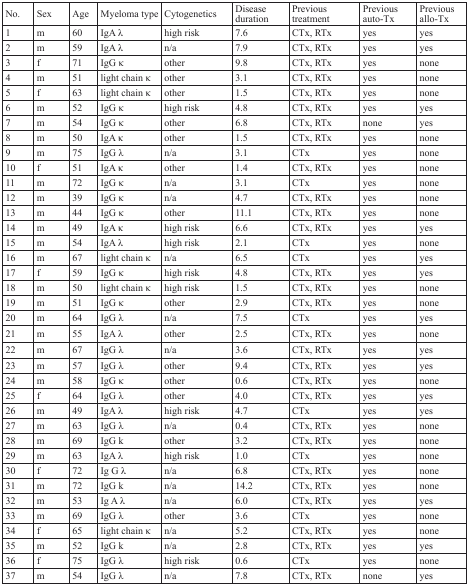
<table><thead><tr><td><b>No.</b></td><td><b>Sex</b></td><td><b>Age</b></td><td><b>Myeloma type</b></td><td><b>Cytogenetics</b></td><td><b>Disease duration</b></td><td><b>Previous treatment</b></td><td><b>Previous auto-Tx</b></td><td><b>Previous allo-Tx</b></td></tr></thead><tbody><tr><td>1</td><td>m</td><td>60</td><td>IgA λ</td><td>high risk</td><td>7.6</td><td>CTx, RTx</td><td>yes</td><td>yes</td></tr><tr><td>2</td><td>m</td><td>59</td><td>IgA λ</td><td>n/a</td><td>7.9</td><td>CTx, RTx</td><td>yes</td><td>yes</td></tr><tr><td>3</td><td>f</td><td>71</td><td>IgG κ</td><td>other</td><td>9.8</td><td>CTx, RTx</td><td>yes</td><td>none</td></tr><tr><td>4</td><td>m</td><td>51</td><td>light chain κ</td><td>other</td><td>3.1</td><td>CTx, RTx</td><td>yes</td><td>none</td></tr><tr><td>5</td><td>f</td><td>63</td><td>light chain κ</td><td>other</td><td>1.5</td><td>CTx, RTx</td><td>yes</td><td>none</td></tr><tr><td>6</td><td>m</td><td>52</td><td>IgG κ</td><td>high risk</td><td>4.8</td><td>CTx, RTx</td><td>yes</td><td>yes</td></tr><tr><td>7</td><td>m</td><td>54</td><td>IgG κ</td><td>other</td><td>6.8</td><td>CTx, RTx</td><td>none</td><td>yes</td></tr><tr><td>8</td><td>m</td><td>50</td><td>IgA κ</td><td>other</td><td>1.5</td><td>CTx, RTx</td><td>yes</td><td>none</td></tr><tr><td>9</td><td>m</td><td>75</td><td>IgG λ</td><td>n/a</td><td>3.1</td><td>CTx</td><td>yes</td><td>none</td></tr><tr><td>10</td><td>f</td><td>51</td><td>IgA κ</td><td>other</td><td>1.4</td><td>CTx, RTx</td><td>yes</td><td>none</td></tr><tr><td>11</td><td>m</td><td>72</td><td>IgG κ</td><td>n/a</td><td>3.1</td><td>CTx</td><td>yes</td><td>none</td></tr><tr><td>12</td><td>m</td><td>39</td><td>IgG κ</td><td>n/a</td><td>4.7</td><td>CTx, RTx</td><td>yes</td><td>none</td></tr><tr><td>13</td><td>m</td><td>44</td><td>IgG κ</td><td>other</td><td>11.1</td><td>CTx, RTx</td><td>yes</td><td>none</td></tr><tr><td>14</td><td>m</td><td>49</td><td>IgA κ</td><td>high risk</td><td>6.6</td><td>CTx, RTx</td><td>yes</td><td>yes</td></tr><tr><td>15</td><td>m</td><td>54</td><td>IgA λ</td><td>high risk</td><td>2.1</td><td>CTx</td><td>yes</td><td>none</td></tr><tr><td>16</td><td>m</td><td>67</td><td>light chain κ</td><td>n/a</td><td>6.5</td><td>CTx</td><td>yes</td><td>yes</td></tr><tr><td>17</td><td>f</td><td>59</td><td>IgG κ</td><td>high risk</td><td>4.8</td><td>CTx, RTx</td><td>yes</td><td>yes</td></tr><tr><td>18</td><td>m</td><td>50</td><td>light chain κ</td><td>high risk</td><td>1.5</td><td>CTx, RTx</td><td>yes</td><td>none</td></tr><tr><td>19</td><td>m</td><td>51</td><td>IgG κ</td><td>other</td><td>2.9</td><td>CTx, RTx</td><td>yes</td><td>none</td></tr><tr><td>20</td><td>m</td><td>64</td><td>IgG λ</td><td>n/a</td><td>7.5</td><td>CTx</td><td>yes</td><td>yes</td></tr><tr><td>21</td><td>m</td><td>55</td><td>IgA λ</td><td>other</td><td>2.5</td><td>CTx, RTx</td><td>yes</td><td>none</td></tr><tr><td>22</td><td>m</td><td>67</td><td>IgG λ</td><td>n/a</td><td>3.6</td><td>CTx, RTx</td><td>yes</td><td>yes</td></tr><tr><td>23</td><td>m</td><td>57</td><td>IgG λ</td><td>other</td><td>9.4</td><td>CTx, RTx</td><td>yes</td><td>yes</td></tr><tr><td>24</td><td>m</td><td>58</td><td>IgG κ</td><td>other</td><td>0.6</td><td>CTx, RTx</td><td>yes</td><td>none</td></tr><tr><td>25</td><td>f</td><td>64</td><td>IgG λ</td><td>other</td><td>4.0</td><td>CTx, RTx</td><td>yes</td><td>yes</td></tr><tr><td>26</td><td>m</td><td>49</td><td>IgA λ</td><td>high risk</td><td>4.7</td><td>CTx</td><td>yes</td><td>yes</td></tr><tr><td>27</td><td>m</td><td>63</td><td>IgG λ</td><td>n/a</td><td>0.4</td><td>CTx, RTx</td><td>yes</td><td>none</td></tr><tr><td>28</td><td>m</td><td>69</td><td>IgG k</td><td>other</td><td>3.2</td><td>CTx, RTx</td><td>yes</td><td>none</td></tr><tr><td>29</td><td>m</td><td>63</td><td>IgA λ</td><td>high risk</td><td>1.0</td><td>CTx</td><td>yes</td><td>none</td></tr><tr><td>30</td><td>f</td><td>72</td><td>Ig G λ</td><td>n/a</td><td>6.8</td><td>CTx, RTx</td><td>yes</td><td>none</td></tr><tr><td>31</td><td>m</td><td>72</td><td>IgG k</td><td>n/a</td><td>14.2</td><td>CTx, RTx</td><td>yes</td><td>none</td></tr><tr><td>32</td><td>m</td><td>53</td><td>Ig A λ</td><td>n/a</td><td>6.0</td><td>CTx, RTx</td><td>yes</td><td>yes</td></tr><tr><td>33</td><td>m</td><td>69</td><td>IgG λ</td><td>other</td><td>3.6</td><td>CTx</td><td>yes</td><td>none</td></tr><tr><td>34</td><td>f</td><td>65</td><td>light chain κ</td><td>n/a</td><td>5.2</td><td>CTx, RTx</td><td>yes</td><td>none</td></tr><tr><td>35</td><td>m</td><td>52</td><td>IgG k</td><td>n/a</td><td>2.8</td><td>CTx, RTx</td><td>yes</td><td>yes</td></tr><tr><td>36</td><td>f</td><td>75</td><td>IgG λ</td><td>high risk</td><td>0.6</td><td>CTx</td><td>yes</td><td>none</td></tr><tr><td>37</td><td>m</td><td>54</td><td>IgG λ</td><td>n/a</td><td>7.8</td><td>CTx, RTx</td><td>none</td><td>yes</td></tr></tbody></table>